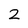
Character: 2